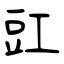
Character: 豇